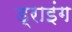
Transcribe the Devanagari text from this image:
ड्राइंंग